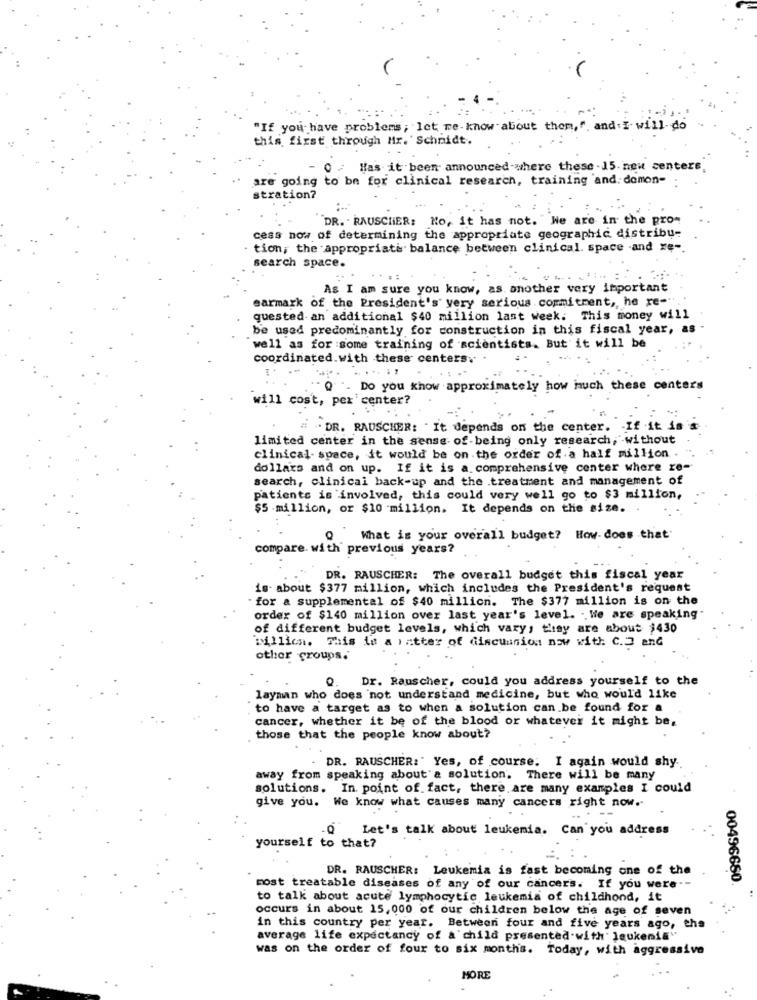
"If you have problems; let re-know about them,", and : I- will-do
this first through Mir. Schmidt.
0 - Has it been announced where these 15-new centers.
are going to be for clinical research, training and. domon-
stration?
DR. - RAUSCHER: No, it has not. "We are in the pro-
cess now of determining the appropriate geographic distribu-
· tion, the appropriate balance between clinical. space -and re -.
search space.
As I am sure you know, as. another very important
earmark of the President's' very serious commitment, he re-".
quested an additional $40 million last week: This money will
be used predominantly for construction in this fiscal year, as -
well as for some training of scientists. But it will be
coordinated.with these centers.
. Do you know approximately how much these centers
will cost, pex'center?
. DR. RAUSCHER: "It depends on the center. - If it is
limited center in the sense- of-being only research, without
clinical- space, it would be on the order of a half million .
dollars and on up. If it is a comprehensive center where re-
search, clinical back-up and the treatment and management of
patients is involved, this could very well go to $3 million,
$5 million, or $10 million. It depends on the size.
What is your overall budget? How-does that
compare. with previous years?
DR. RAUSCHER: The overall budget this fiscal year
is about $377 million, which includes the President's request
" for a supplemental of $40 million. The $377 million is on the
order of $140 million over last year's level. .. We are speaking"
of different budget levels, which vary, they are about $430
"illich. This ie a vatter of discuunion now with C.] and
other groups.
Q.
Dr. Rauscher, could you address yourself to the
layman who does not understand medicine, but who would like
to have a target as to when a solution can be found for a
cancer, whether it be of the blood or whatever it might be,
those that the people know about?
DR. RAUSCHER:" Yes, of course. I again would shy
away from speaking about'a solution. There will be many
solutions. In. point of. fact, there are many examples I could
give you. We know what causes many cancers right now.
Let's talk about leukemia. Can you address
-Q
yourself to that?
DR. RAUSCHER: Leukemia is fast becoming one of the
00496680.
most treatable diseases of any of our cancers. If you were .-
to talk about acute lymphocytic leukemia of childhond, it
occurs in about 15,000 of our children below the age of seven
in this country per year. Between four and five years ago, the
average life expectancy of a child presented with' leukemia"
was on the order of four to six months. Today, with aggressive
MORE